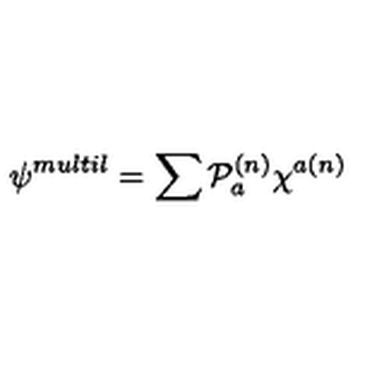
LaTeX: \psi ^ { m u l t i l } = \sum { \cal { P } } _ { a } ^ { ( n ) } \chi ^ { a ( n ) }